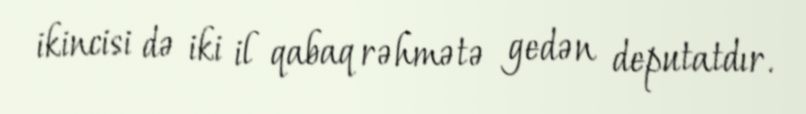
ikincisi də iki il qabaq rəhmətə gedən deputatdır.